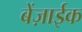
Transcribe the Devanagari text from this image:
बेंज़ाईक